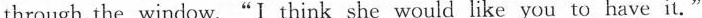
through the window."I think she would like you to have it."